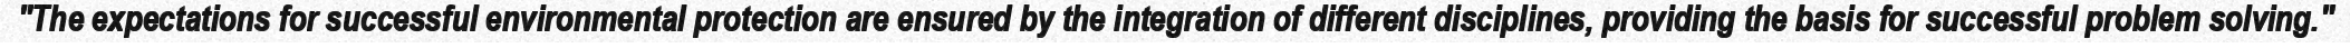
"The expectations for successful environmental protection are ensured by the integration of different disciplines, providing the basis for successful problem solving."